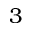
3